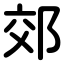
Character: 郊